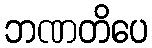
ဘဏတိပေ